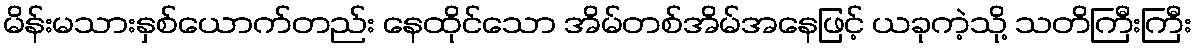
မိန်းမသားနှစ်ယောက်တည်း နေထိုင်သော အိမ်တစ်အိမ်အနေဖြင့် ယခုကဲ့သို့ သတိကြီးကြီး